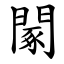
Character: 䦠